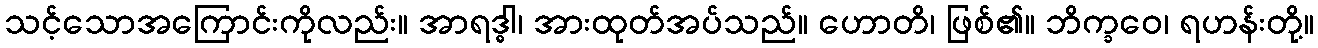
သင့်သောအကြောင်းကိုလည်း။ အာရဒ္ဓါ၊ အားထုတ်အပ်သည်။ ဟောတိ၊ ဖြစ်၏။ ဘိက္ခဝေ၊ ရဟန်းတို့။